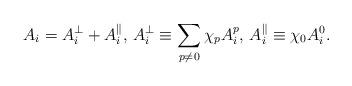
LaTeX: \begin{align*}A_i=A_i^\perp+A_i^\|,\,A_i^\perp\equiv\sum_{p\neq 0}\chi_pA_i^p,\,A_i^\|\equiv\chi_0A_i^0.\end{align*}